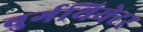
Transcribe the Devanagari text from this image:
बुर्गथियेटर